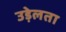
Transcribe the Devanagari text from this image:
उड़ेलता